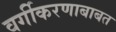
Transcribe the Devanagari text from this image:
वर्गीकरणाबाबत